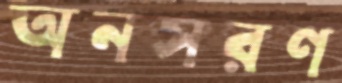
অনসরণ